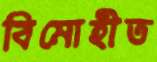
বিমোহীত